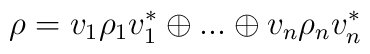
\rho =v_{1}\rho _{1}v_{1}^{*}\oplus ...\oplus v_{n}\rho _{n}v_{n}^{*}